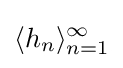
\langle h_{n}\rangle _{n=1}^{\infty }